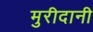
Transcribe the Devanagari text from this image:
मुरीदानी